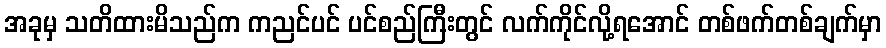
အခုမှ သတိထားမိသည်က ကညင်ပင် ပင်စည်ကြီးတွင် လက်ကိုင်လို့ရအောင် တစ်ဖက်တစ်ချက်မှာ